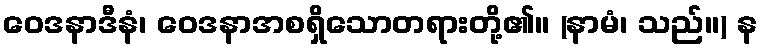
ဝေဒနာဒီနံ၊ ဝေဒနာအစရှိသောတရားတို့၏။ (နာမံ၊ သည်။) န